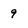
Character: 9